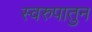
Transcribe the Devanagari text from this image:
स्वरुपातुन